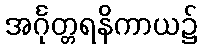
အင်္ဂုတ္တရနိကာယ၌